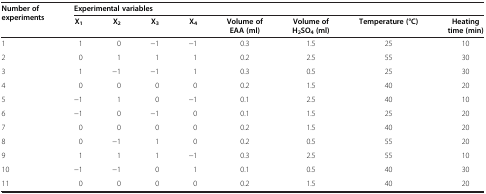
<table><thead><tr><td><b>Number of experiments</b></td><td colspan="8"><b>Experimental variables</b></td></tr><tr><td><b> </b></td><td><b>X<sub>1</sub></b></td><td><b>X<sub>2</sub></b></td><td><b>X<sub>3</sub></b></td><td><b>X<sub>4</sub></b></td><td><b>Volume of EAA (ml)</b></td><td><b>Volume of H<sub>2</sub>SO<sub>4 </sub>(ml)</b></td><td><b>Temperature (°C)</b></td><td><b>Heating time (min)</b></td></tr></thead><tbody><tr><td>1</td><td>1</td><td>0</td><td>−1</td><td>−1</td><td>0.3</td><td>1.5</td><td>25</td><td>10</td></tr><tr><td>2</td><td>0</td><td>1</td><td>1</td><td>1</td><td>0.2</td><td>2.5</td><td>55</td><td>30</td></tr><tr><td>3</td><td>1</td><td>−1</td><td>−1</td><td>1</td><td>0.3</td><td>0.5</td><td>25</td><td>30</td></tr><tr><td>4</td><td>0</td><td>0</td><td>0</td><td>0</td><td>0.2</td><td>1.5</td><td>40</td><td>20</td></tr><tr><td>5</td><td>−1</td><td>1</td><td>0</td><td>−1</td><td>0.1</td><td>2.5</td><td>40</td><td>10</td></tr><tr><td>6</td><td>−1</td><td>0</td><td>−1</td><td>0</td><td>0.1</td><td>1.5</td><td>25</td><td>20</td></tr><tr><td>7</td><td>0</td><td>0</td><td>0</td><td>0</td><td>0.2</td><td>1.5</td><td>40</td><td>20</td></tr><tr><td>8</td><td>0</td><td>−1</td><td>1</td><td>0</td><td>0.2</td><td>0.5</td><td>55</td><td>20</td></tr><tr><td>9</td><td>1</td><td>1</td><td>1</td><td>−1</td><td>0.3</td><td>2.5</td><td>55</td><td>10</td></tr><tr><td>10</td><td>−1</td><td>−1</td><td>0</td><td>1</td><td>0.1</td><td>0.5</td><td>40</td><td>30</td></tr><tr><td>11</td><td>0</td><td>0</td><td>0</td><td>0</td><td>0.2</td><td>1.5</td><td>40</td><td>20</td></tr></tbody></table>